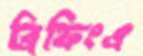
ব্রিফিংএ